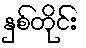
နှစ်တိုင်း